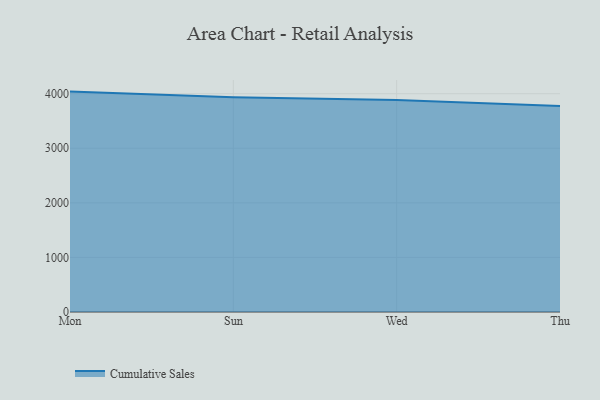
{"axis": {"x": "Day", "y": "Market Share (%)"}, "legend": ["Cumulative Sales"], "data": [{"x": "Mon", "y": 4038.5, "type": "Cumulative Sales"}, {"x": "Sun", "y": 3934.8, "type": "Cumulative Sales"}, {"x": "Wed", "y": 3884.1, "type": "Cumulative Sales"}, {"x": "Thu", "y": 3773.4, "type": "Cumulative Sales"}]}